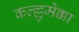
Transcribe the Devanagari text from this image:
कल्ल्लुमेक्का